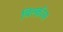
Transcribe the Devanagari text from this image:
बिल्क़ीस